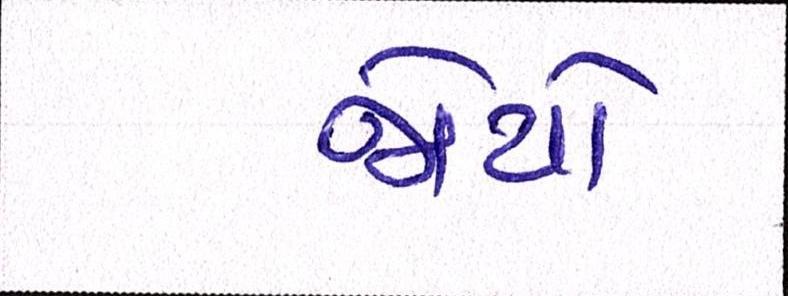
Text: જોયો